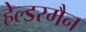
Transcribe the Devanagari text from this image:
हेल्डरमैन